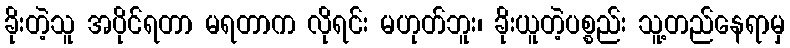
ခိုးတဲ့သူ အပိုင်ရတာ မရတာက လိုရင်း မဟုတ်ဘူး၊ ခိုးယူတဲ့ပစ္စည်း သူ့တည်နေရာမှ